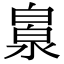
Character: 𣹻